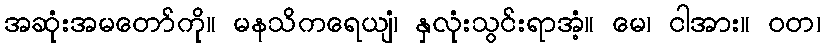
အဆုံးအမတော်ကို။ မနသိကရေယျံ၊ နှလုံးသွင်းရာအံ့။ မေ၊ ငါအား။ ဝတ၊